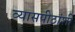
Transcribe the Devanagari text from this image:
व्यासपीठांशी